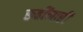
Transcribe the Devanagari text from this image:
रूढींनाही